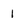
Character: 1